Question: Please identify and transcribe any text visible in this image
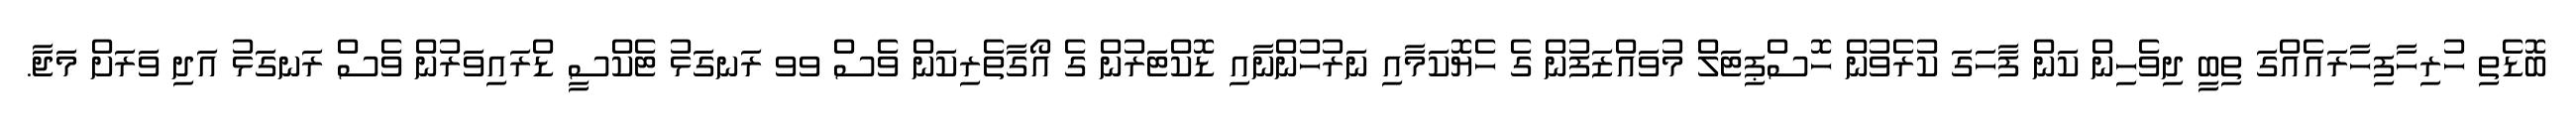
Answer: ބޮޑެތި ހުރިހާފިހާރައެއްގަ ތިބީ ދިވެހިން ކަން ފާހަގަ ކުރެވުން ހޮސްޕިޓަލް މުވައްޒަފުން ގެ ހެޔޮކަމާއި ނަރުހުންނާއި ޑޮކްޓަރުން ގެ އޯގާތެރިކަން ވެސް ވވ ރަނގަޅު ޓެކްސީ ޑްރައިވަރުން ވެސް ރަނގަޅު އަދި ވަރަށް މަޖާ.